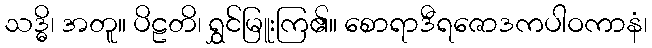
သဒ္ဓိ၊ အတူ။ ပိဠတိ၊ ရွှင်မြူးကြ၏။ စောရာဒီရဇောဒကပါဝကာနံ၊